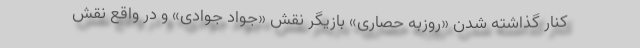
کنار گذاشته شدن «روزبه حصاری» بازیگر نقش «جواد جوادی» و در واقع نقش